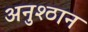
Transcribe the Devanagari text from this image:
अनुश्ठान